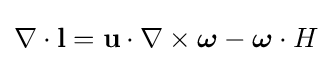
\nabla \cdot \mathbf {l} =\mathbf {u} \cdot \nabla \times {\boldsymbol {\omega }}-{\boldsymbol {\omega }}\cdot H